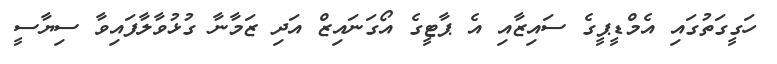
ހަގީގަތުގައި އެމްޑީޕީގެ ސައިޒާއި އެ ޕާޓީގެ އޯގަނައިޒް އަދި ޒަމާނާ ގުޅުވާލާފައިވާ ސިޔާސީ